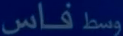
فاس وسط